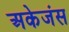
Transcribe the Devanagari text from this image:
अकेजंस